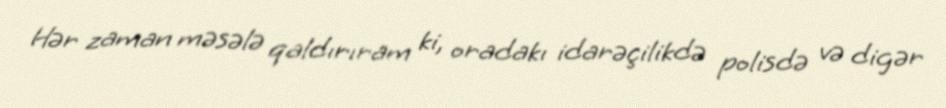
Hər zaman məsələ qaldırıram ki, oradakı idarəçilikdə polisdə və digər